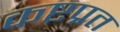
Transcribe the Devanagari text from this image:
कष्टप्रत